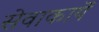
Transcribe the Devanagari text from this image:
सेवाकार्ये